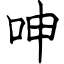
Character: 呻